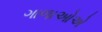
ગાળાઓએ